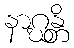
နာဂ္ဃန္တိ